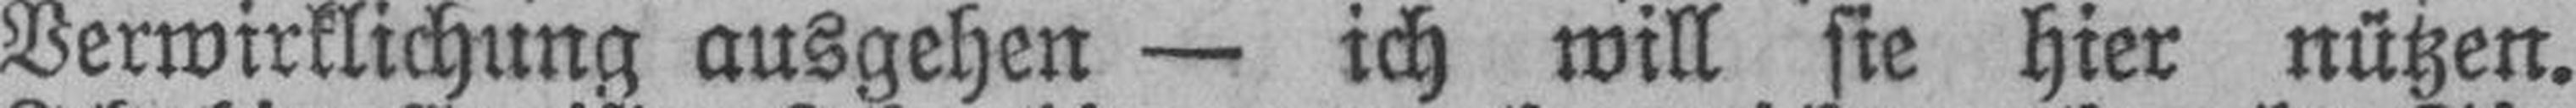
Verwirklichung ausgehen — ich will sie hier nützen.